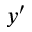
y ^ { \prime }